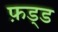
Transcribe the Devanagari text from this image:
फ़ड्ड